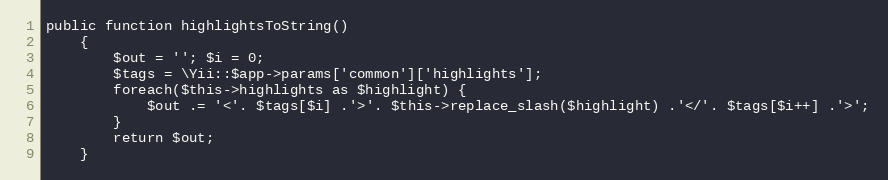
Language: PHP
public function highlightsToString()
    {
        $out = ''; $i = 0;
        $tags = \Yii::$app->params['common']['highlights'];
        foreach($this->highlights as $highlight) {
            $out .= '<'. $tags[$i] .'>'. $this->replace_slash($highlight) .'</'. $tags[$i++] .'>';
        }
        return $out;
    }